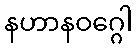
နဟာနဝဂ္ဂေါ